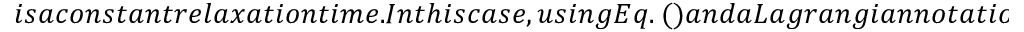
i s a c o n s t a n t r e l a x a t i o n t i m e . I n t h i s c a s e , u s i n g E q . ~ ( ) a n d a L a g r a n g i a n n o t a t i o n w i t h